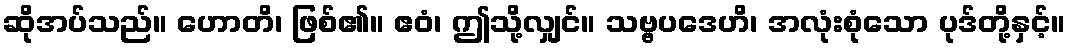
ဆိုအပ်သည်။ ဟောတိ၊ ဖြစ်၏။ ဧဝံ၊ ဤသို့လျှင်။ သဗ္ဗပဒေဟိ၊ အလုံးစုံသော ပုဒ်တို့နှင့်။